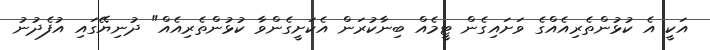
އަކީ އެ ކުޅުންތެރިއެއްގެ ވަށައިގެން ޓީމެއް ބިނާކުރަން އެކަށީގެންވާ ކުޅުންތެރިއެއް" ދުނިޔޭގައި އުފެދުނު